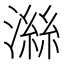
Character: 𪷜